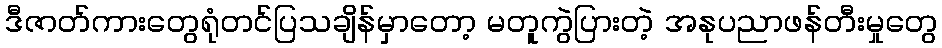
ဒီဇာတ်ကားတွေရုံတင်ပြသချိန်မှာတော့ မတူကွဲပြားတဲ့ အနုပညာဖန်တီးမှုတွေ